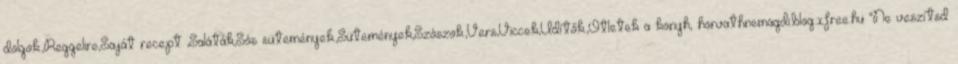
dolgok.,Reggelire,Saját recept ,Saláták,Sós sütemények.,Sütemények,Szószok.,Vers,Viccek,Üdítők.,Ötletek a konyh, horvathnemagdi.blog.xfree.hu "Ne veszítsd